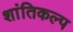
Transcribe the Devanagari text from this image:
शांतिकल्प